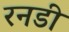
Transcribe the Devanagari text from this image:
रनडी